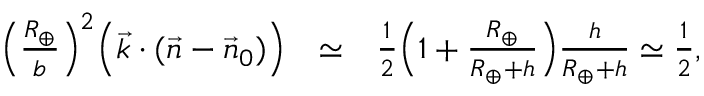
\begin{array} { r l r } { \Big ( \frac { R _ { \oplus } } { b } \Big ) ^ { 2 } \Big ( { \vec { k } } \cdot ( { \vec { n } } - { \vec { n } } _ { 0 } ) \Big ) } & { \simeq } & { { \textstyle \frac { 1 } { 2 } } \Big ( 1 + \frac { R _ { \oplus } } { R _ { \oplus } + h } \Big ) \frac { h } { R _ { \oplus } + h } \simeq { \textstyle \frac { 1 } { 2 } } , } \end{array}